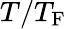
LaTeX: T/T_{\mathrm{F}}